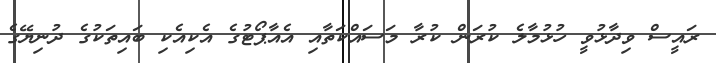
ރައީސް ވިދާޅުވީ ހުޅުމާލެ ކުރަން ކުރާ މަސައްކަތާއި އެއާޕޯޓުގެ އެކިއެކި ބައިތަކުގެ ދުނިޔޭގެ